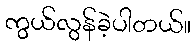
ကွယ်လွန်ခဲ့ပါတယ်။